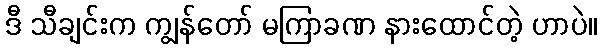
ဒီ သီချင်းက ကျွန်တော် မကြာခဏ နားထောင်တဲ့ ဟာပဲ။